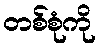
တစ်စုံကို